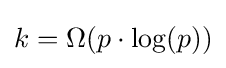
{\textstyle k=\Omega (p\cdot \log(p))}